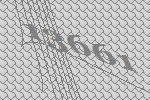
13661